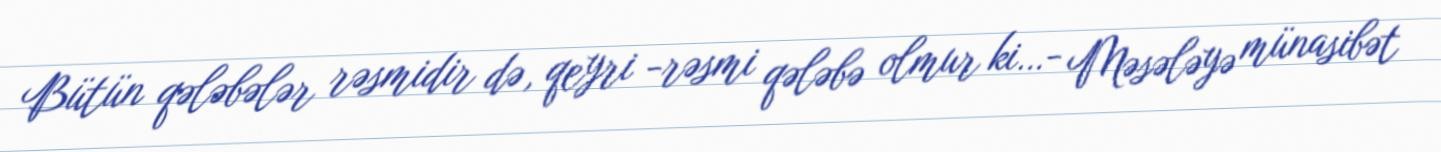
Bütün qələbələr rəsmidir də, qeyri -rəsmi qələbə olmur ki…- Məsələyə münasibət